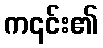
က၎င်း၏